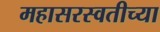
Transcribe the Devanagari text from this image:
महासरस्वतीच्या